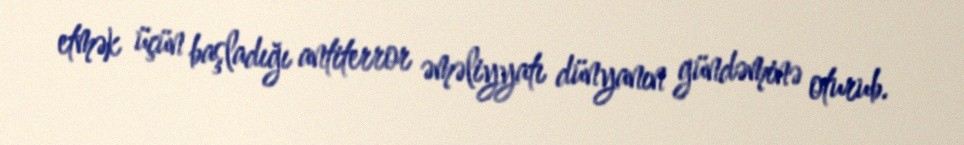
etmək üçün başladığı antiterror əməliyyatı dünyanın gündəminə oturub.